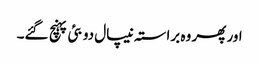
اور پھر وہ براستہ نیپال دوبئی پہنچ گئے۔